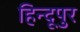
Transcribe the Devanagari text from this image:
हिन्दूपुर